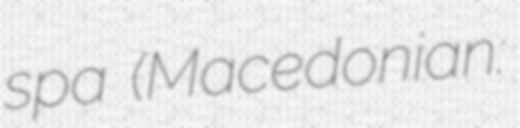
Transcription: spa (Macedonian: